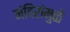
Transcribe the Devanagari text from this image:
मंदिरांमुळे